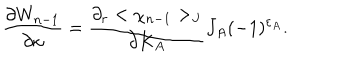
LaTeX: { \frac { \partial W _ { n - 1 } } { \partial \kappa } } = { \frac { \partial _ { r } < \chi _ { n - 1 } > _ { J } } { \partial K _ { A } } } J _ { A } ( - 1 ) ^ { \varepsilon _ { A } } .